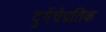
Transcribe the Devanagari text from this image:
दुर्गेचेप्रतिक